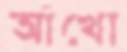
আঁখো